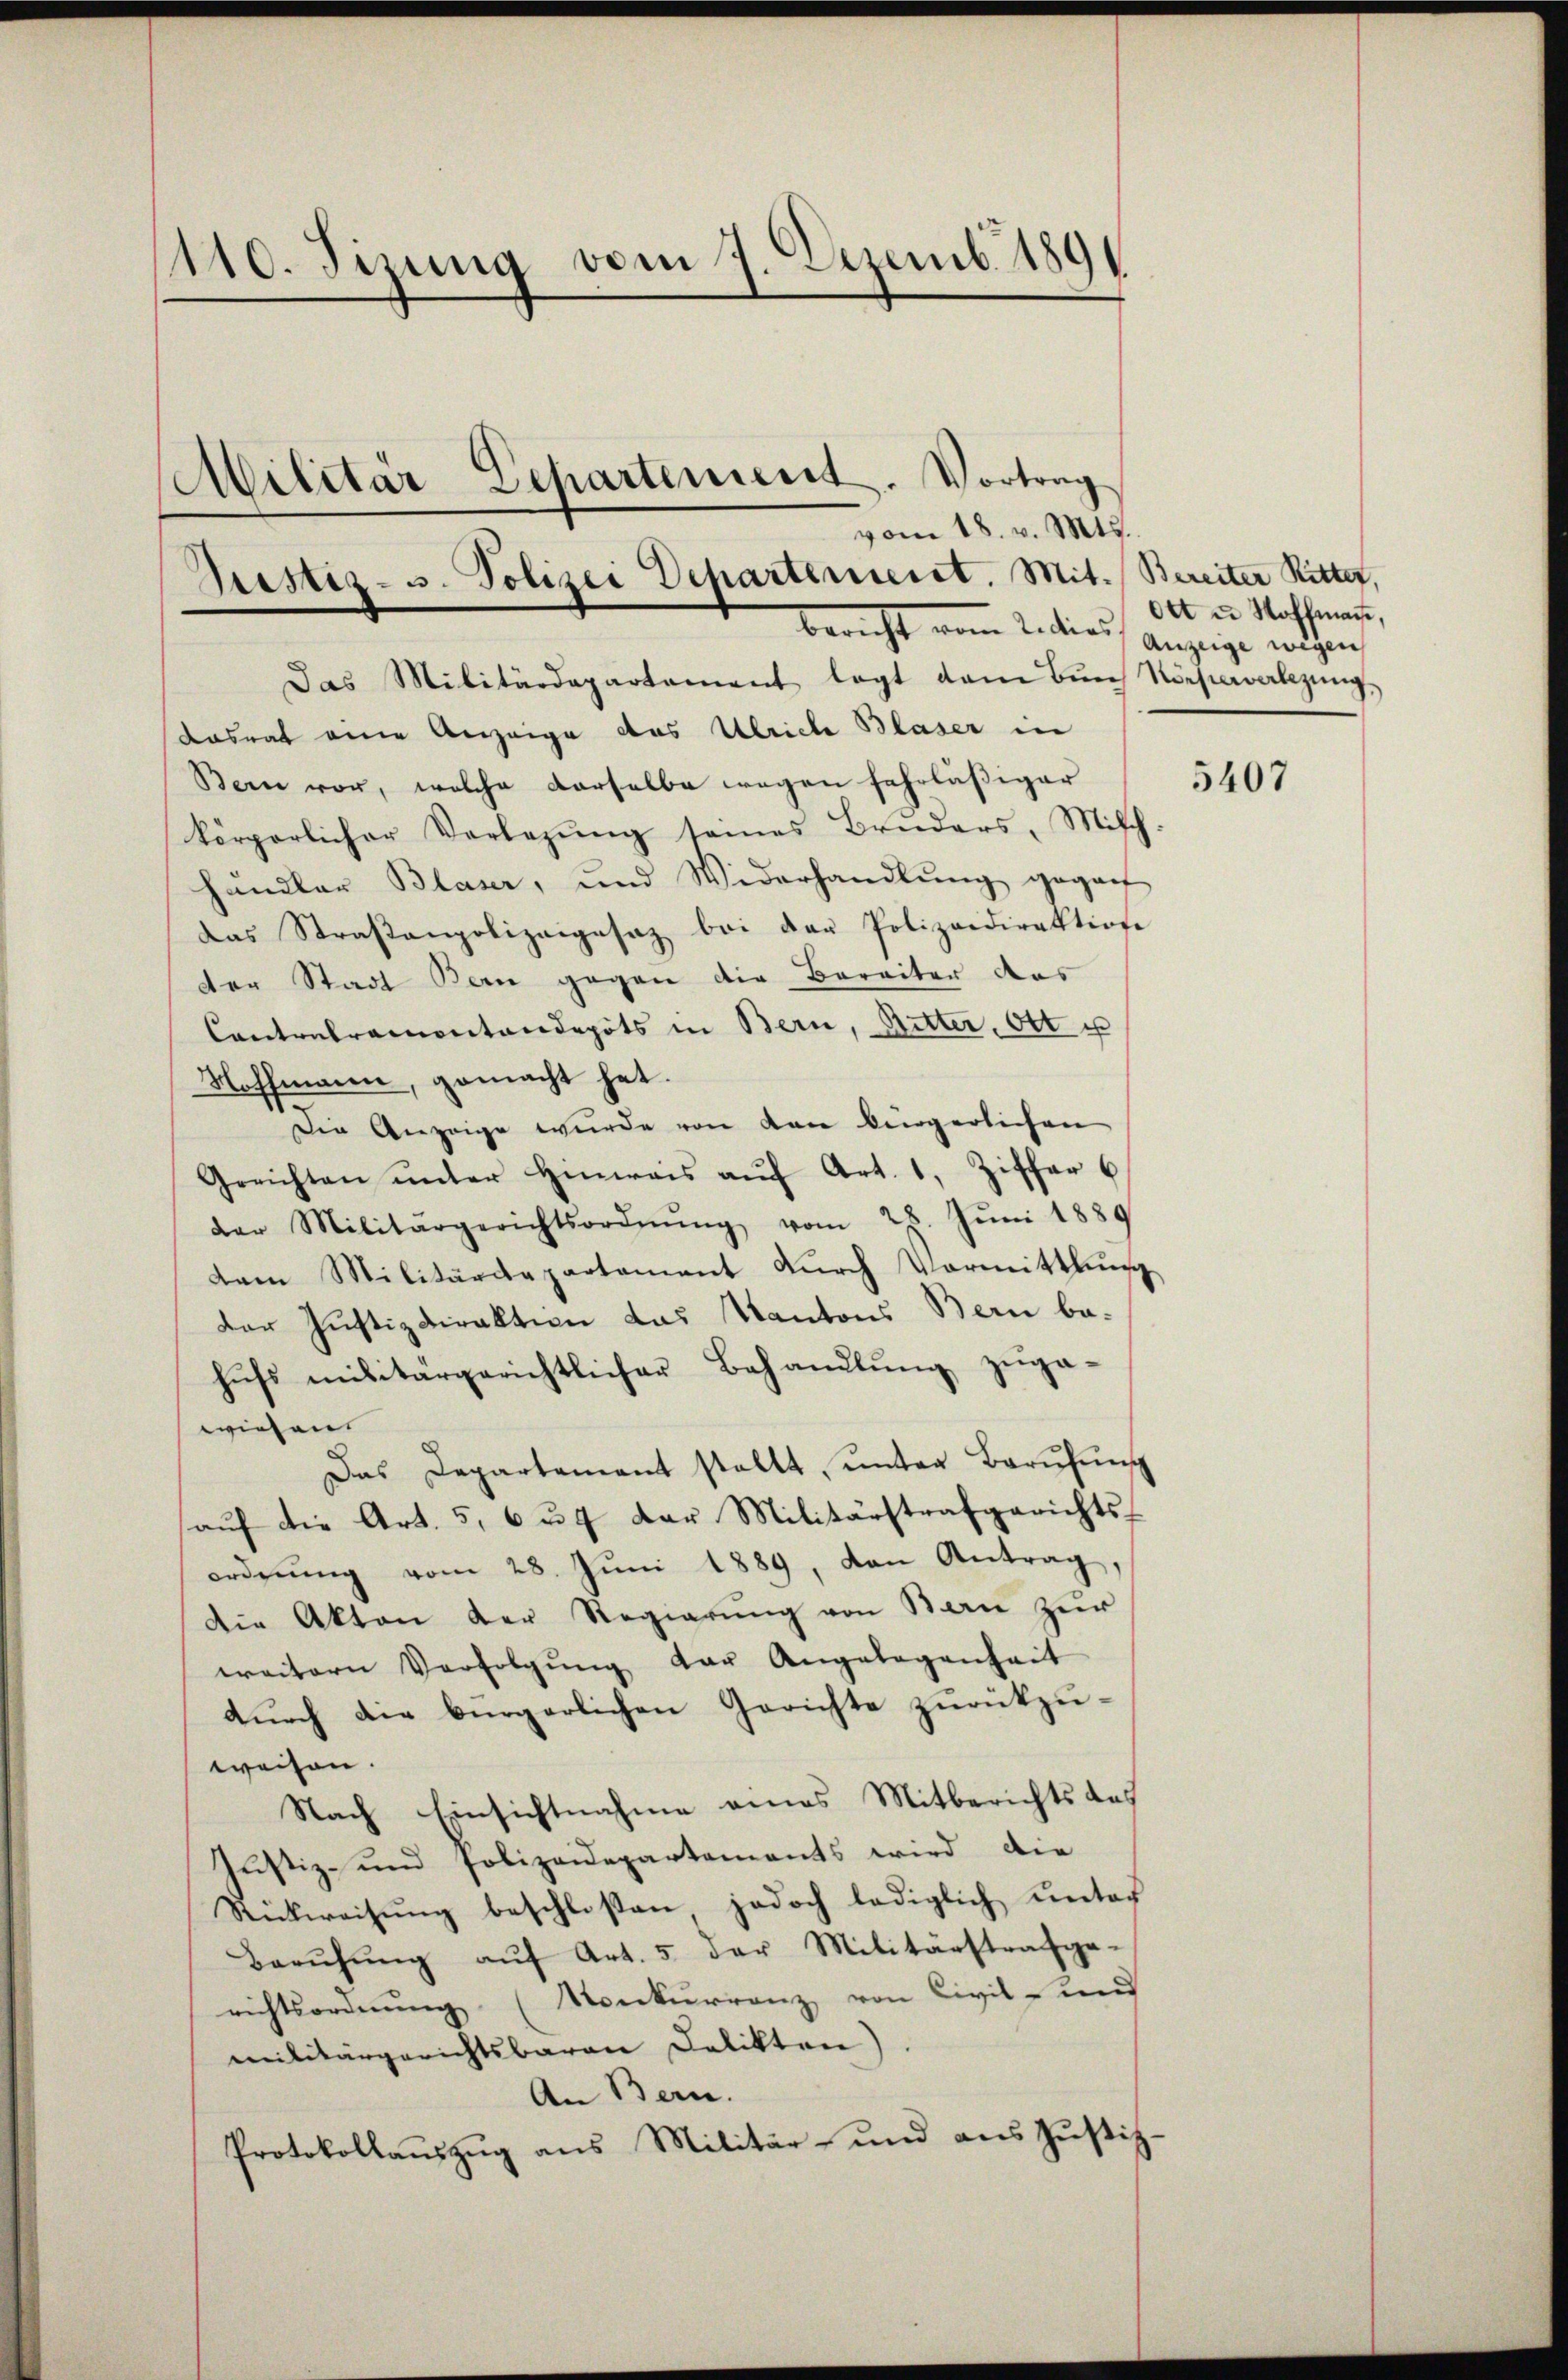
110. Jizung vom 7. Dezemb. 1891
Militär Departenient. Vortrag
vom 18. v. Mts.

Justiz- u. Polizei Departement. Mit Bereiter Ritter,
Bericht vom 2. dies anzeige wichen,

Das Militärdepartement legt dem Bŭnd Nachmalzŭng
Kasrat eine Anzeige des Ulriche Blaser in
Bern vor, welche derselbe wegen fahrläßiger
körperlicher Vorlegŭng seines Bruders, Milch-
händler Blaser, und Widerhandlung geganf
das Straßenpolizeigesez bei der Polizeidirektione
der Stadt Bern gegen die Bereiter das
Contretramontendepots in Bern, Ritter. Ott u
Hoffmann, gemacht hat.
Die Anzeige wurde von den bürgerlichen
Gerichten ŭnter Hinweis aŭf Art. 1, Ziffer 6
dar Militärgerichtsordnŭng vom 28. Jŭni 1889
dam Militärdepartement dŭrch Vormittlung
Der Justizdirektion das Kantons Bern behŭfs militärgerichtlicher Behandlŭng zŭga-
wiesen.
Das Departement stellt, ŭnter Barŭfŭng
aŭf die Art. 5, 6 u. der Militärstrafgerichts-
ordnŭng vom 28. Jŭni 1889, den Antrag,
Die Akten der Regierŭng von Bern zur
weitern Verfolgŭng der Angelegenheit
durch die bürgerlichen Gerichte zurückzuweisen.
Nach Einsichtnahme eines Mitberichts das
Justiz- und Polizeidepartements wird die
Stückweisung beschloßen jedoch lediglich unter
Berŭhŭng aŭf Art. 5 der Militärstrafge-
richtsordnŭng (Konkurrenz von Civil- und
militärgerichtsbaren Delikten).
An Bern.
Protokollauszug aus Militär- und aus Justiz¬

Ott u. Hoffmann,

5407